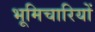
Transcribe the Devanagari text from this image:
भूमिचारियों